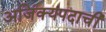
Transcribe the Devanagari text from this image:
अजिंक्यपदाची